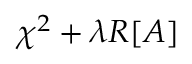
\chi ^ { 2 } + { \lambda } R [ A ]